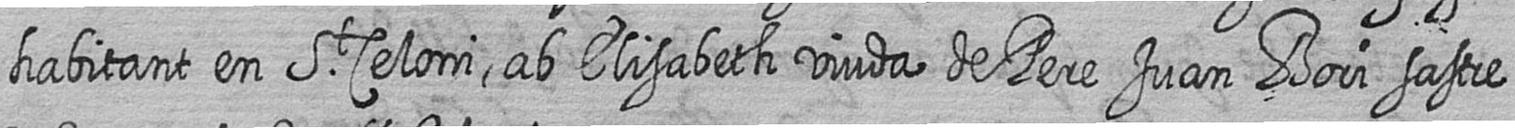
habitant en St Celoni ab Elisabeth viuda de Pere Juan Bori sastre